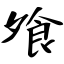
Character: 飧